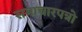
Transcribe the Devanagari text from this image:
समाचारपत्रो